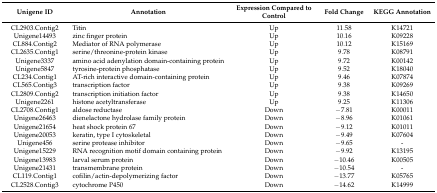
<table><thead><tr><td><b>Unigene ID</b></td><td><b>Annotation</b></td><td><b>Expression Compared to Control</b></td><td><b>Fold Change</b></td><td><b>KEGG Annotation</b></td></tr></thead><tbody><tr><td>CL2903.Contig2</td><td>Titin</td><td>Up</td><td>11.58</td><td>K14721</td></tr><tr><td>Unigene14493</td><td>zinc finger protein</td><td>Up</td><td>10.16</td><td>K09228</td></tr><tr><td>CL884.Contig2</td><td>Mediator of RNA polymerase</td><td>Up</td><td>10.12</td><td>K15169</td></tr><tr><td>CL2635.Contig1</td><td>serine/threonine-protein kinase</td><td>Up</td><td>9.78</td><td>K08791</td></tr><tr><td>Unigene3337</td><td>amino acid adenylation domain-containing protein</td><td>Up</td><td>9.72</td><td>K00142</td></tr><tr><td>Unigene5847</td><td>tyrosine-protein phosphatase</td><td>Up</td><td>9.52</td><td>K18040</td></tr><tr><td>CL234.Contig1</td><td>AT-rich interactive domain-containing protein</td><td>Up</td><td>9.46</td><td>K07874</td></tr><tr><td>CL565.Contig3</td><td>transcription factor</td><td>Up</td><td>9.38</td><td>K09269</td></tr><tr><td>CL2809.Contig2</td><td>transcription initiation factor</td><td>Up</td><td>9.38</td><td>K14650</td></tr><tr><td>Unigene2261</td><td>histone acetyltransferase</td><td>Up</td><td>9.25</td><td>K11306</td></tr><tr><td>CL2708.Contig1</td><td>aldose reductase</td><td>Down</td><td>−7.81</td><td>K00011</td></tr><tr><td>Unigene26463</td><td>dienelactone hydrolase family protein</td><td>Down</td><td>−8.96</td><td>K01061</td></tr><tr><td>Unigene21654</td><td>heat shock protein 67</td><td>Down</td><td>−9.12</td><td>K01011</td></tr><tr><td>Unigene20053</td><td>keratin, type I cytoskeletal</td><td>Down</td><td>−9.49</td><td>K07604</td></tr><tr><td>Unigene456</td><td>serine protease inhibitor</td><td>Down</td><td>−9.65</td><td>-</td></tr><tr><td>Unigene15229</td><td>RNA recognition motif domain containing protein</td><td>Down</td><td>−9.92</td><td>K13195</td></tr><tr><td>Unigene13983</td><td>larval serum protein</td><td>Down</td><td>−10.46</td><td>K00505</td></tr><tr><td>Unigene21431</td><td>transmembrane protein</td><td>Down</td><td>−10.54</td><td>-</td></tr><tr><td>CL119.Contig1</td><td>cofilin/actin-depolymerizing factor</td><td>Down</td><td>−13.77</td><td>K05765</td></tr><tr><td>CL2528.Contig3</td><td>cytochrome P450</td><td>Down</td><td>−14.62</td><td>K14999</td></tr></tbody></table>